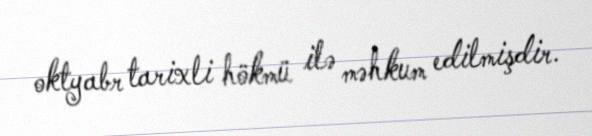
oktyabr tarixli hökmü ilə məhkum edilmişdir.